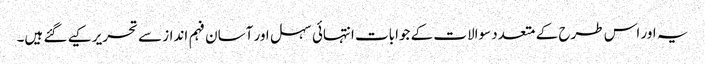
یہ اور اس طرح کے متعدد سوالات کے جوابات انتہائی سہل اور آسان فہم انداز سے تحریر کیے گئے ہیں۔